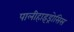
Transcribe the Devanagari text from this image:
पालीहाइड्रोसिस